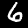
Digit: 6